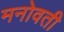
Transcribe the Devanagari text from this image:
मनोवती